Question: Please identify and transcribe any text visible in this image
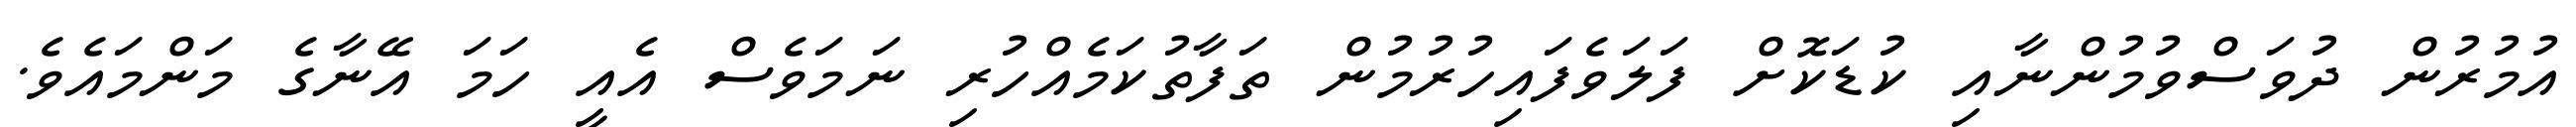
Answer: އުމުރުން ދުވަސްވުމުންނާއި ކުޑަކޮށް ފަލަވެފައިހުރުމުން ތަފާތުކަމެއްހުރި ނަމަވެސް އެއީ ހަމަ އޭނާގެ މަންމައެވެ.